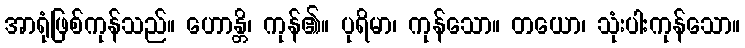
အာရုံဖြစ်ကုန်သည်။ ဟောန္တိ၊ ကုန်၏။ ပုရိမာ၊ ကုန်သော။ တယော၊ သုံးပါးကုန်သော။